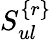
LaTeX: S_{ul}^{\{ r\} }